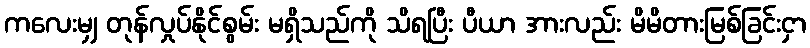
ကလေးမျှ တုန်လှုပ်နိုင်စွမ်း မရှိသည်ကို သိရပြီး ပီယာ အားလည်း မိမိတားမြစ်ခြင်းငှာ